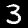
Digit: 3